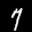
Label: 7